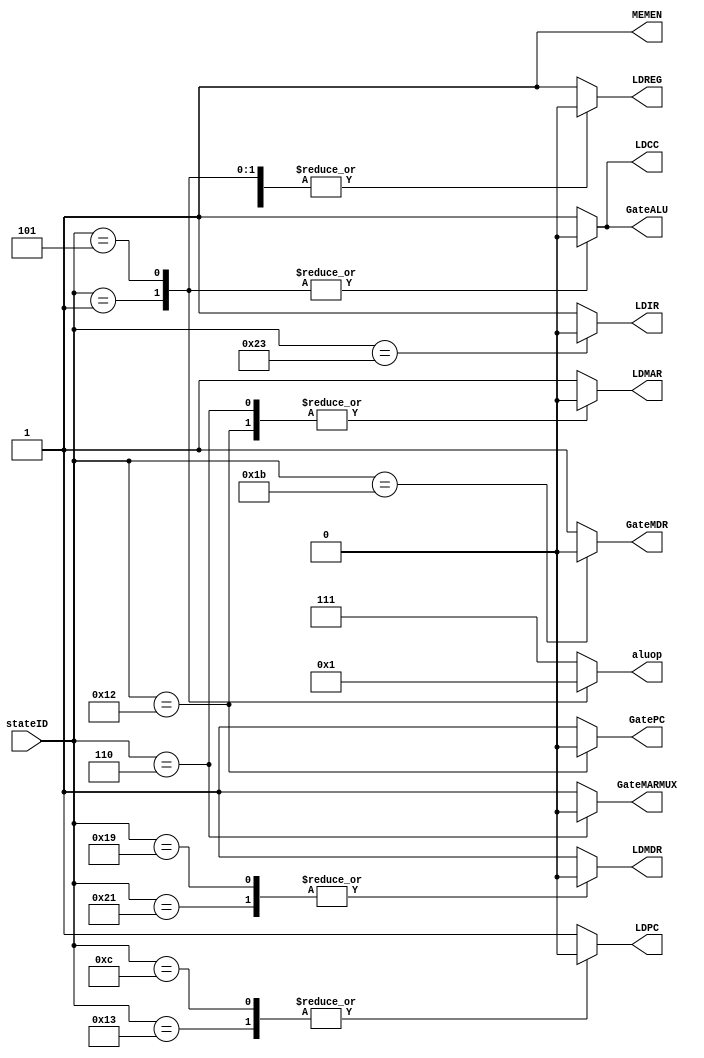
module controlStore(stateID,
                    aluop,
                    LDCC, LDIR, LDREG, LDPC, LDMAR, LDMDR, MEMEN,
                    GatePC, GateMDR, GateALU, GateMARMUX);

    input  [5:0] stateID;
    output reg [2:0] aluop;
    output reg LDCC, LDIR, LDREG;
    output reg LDPC, LDMAR, LDMDR;
    output reg GatePC, GateMDR, GateALU, GateMARMUX;
    output reg MEMEN;

    always @(*) begin
        case(stateID)
        18: begin
            aluop <= 3'b111;
            LDPC  <= 1'b1;
            LDMAR <= 1'b0;
            LDMDR <= 1'b1;
            LDCC  <= 1'b1;
            LDIR  <= 1'b1;
            LDREG <= 1'b1;
            MEMEN <= 1'b1;
            GatePC <= 1'b0;
            GateMDR <= 1'b1;
            GateALU <= 1'b1;
            GateMARMUX <= 1'b1;
        end
        19: begin
            aluop <= 3'b111;
            LDPC  <= 1'b0;
            LDMAR <= 1'b1;
            LDMDR <= 1'b1;
            LDCC  <= 1'b1;
            LDIR  <= 1'b1;
            LDREG <= 1'b1;
            MEMEN <= 1'b1;
            GatePC <= 1'b1;
            GateMDR <= 1'b1;
            GateALU <= 1'b1;
            GateMARMUX <= 1'b1;
        end
        33:begin
            aluop <= 3'b111;
            LDPC  <= 1'b1;
            LDMAR <= 1'b1;
            LDMDR <= 1'b0;
            LDCC  <= 1'b1;
            LDIR  <= 1'b1;
            LDREG <= 1'b1;
            MEMEN <= 1'b1;
            GatePC <= 1'b1;
            GateMDR <= 1'b1;
            GateALU <= 1'b1;
            GateMARMUX <= 1'b1;
        end
        35:begin
            aluop <= 3'b111;
            LDPC  <= 1'b1;
            LDMAR <= 1'b1;
            LDMDR <= 1'b1;
            LDCC  <= 1'b1;
            LDIR  <= 1'b0;
            LDREG <= 1'b1;
            MEMEN <= 1'b1;
            GatePC <= 1'b1;
            GateMDR <= 1'b1;
            GateALU <= 1'b1;
            GateMARMUX <= 1'b1;
        end
        32:begin
            aluop <= 3'b111;
            LDPC  <= 1'b1;
            LDMAR <= 1'b1;
            LDMDR <= 1'b1;
            LDCC  <= 1'b1;
            LDIR  <= 1'b1;
            LDREG <= 1'b1;
            MEMEN <= 1'b1;
            GatePC <= 1'b1;
            GateMDR <= 1'b1;
            GateALU <= 1'b1;
            GateMARMUX <= 1'b1;
        end
        1:begin // add
            aluop <= 3'b000;
            LDPC  <= 1'b1;
            LDMAR <= 1'b1;
            LDMDR <= 1'b1;
            LDCC  <= 1'b0;
            LDIR  <= 1'b1;
            LDREG <= 1'b0;
            MEMEN <= 1'b1;
            GatePC <= 1'b1;
            GateMDR <= 1'b1;
            GateALU <= 1'b0;
            GateMARMUX <= 1'b1;
        end
        5:begin // and
            aluop <= 3'b001;
            LDPC  <= 1'b1;
            LDMAR <= 1'b1;
            LDMDR <= 1'b1;
            LDCC  <= 1'b0;
            LDIR  <= 1'b1;
            LDREG <= 1'b0;
            MEMEN <= 1'b1;
            GatePC <= 1'b1;
            GateMDR <= 1'b1;
            GateALU <= 1'b0;
            GateMARMUX <= 1'b1;
        end
        6:begin
            aluop <= 3'b111;
            LDPC  <= 1'b1;
            LDMAR <= 1'b0;
            LDMDR <= 1'b1;
            LDCC  <= 1'b1;
            LDIR  <= 1'b1;
            LDREG <= 1'b1;
            MEMEN <= 1'b1;
            GatePC <= 1'b1;
            GateMDR <= 1'b1;
            GateALU <= 1'b1;
            GateMARMUX <= 1'b0;
        end
        25:begin
            aluop <= 3'b111;
            LDPC  <= 1'b1;
            LDMAR <= 1'b1;
            LDMDR <= 1'b0;
            LDCC  <= 1'b1;
            LDIR  <= 1'b1;
            LDREG <= 1'b1;
            MEMEN <= 1'b1;
            GatePC <= 1'b1;
            GateMDR <= 1'b1;
            GateALU <= 1'b1;
            GateMARMUX <= 1'b1;
        end
        27:begin
            aluop <= 3'b111;
            LDPC  <= 1'b1;
            LDMAR <= 1'b1;
            LDMDR <= 1'b1;
            LDCC  <= 1'b1;
            LDIR  <= 1'b1;
            LDREG <= 1'b0;
            MEMEN <= 1'b1;
            GatePC <= 1'b1;
            GateMDR <= 1'b0;
            GateALU <= 1'b1;
            GateMARMUX <= 1'b1;
        end
        12: begin
            aluop <= 3'b111;
            LDPC  <= 1'b0;
            LDMAR <= 1'b1;
            LDMDR <= 1'b1;
            LDCC  <= 1'b1;
            LDIR  <= 1'b1;
            LDREG <= 1'b1;
            MEMEN <= 1'b1;
            GatePC <= 1'b1;
            GateMDR <= 1'b1;
            GateALU <= 1'b1;
            GateMARMUX <= 1'b1;
        end
        default: begin
            aluop <= 3'b111;
            LDPC  <= 1'b1;
            LDMAR <= 1'b1;
            LDMDR <= 1'b1;
            LDCC  <= 1'b1;
            LDIR  <= 1'b1;
            LDREG <= 1'b1;
            MEMEN <= 1'b1;
            GatePC <= 1'b1;
            GateMDR <= 1'b1;
            GateALU <= 1'b1;
            GateMARMUX <= 1'b1;
        end
        endcase
    end

endmodule